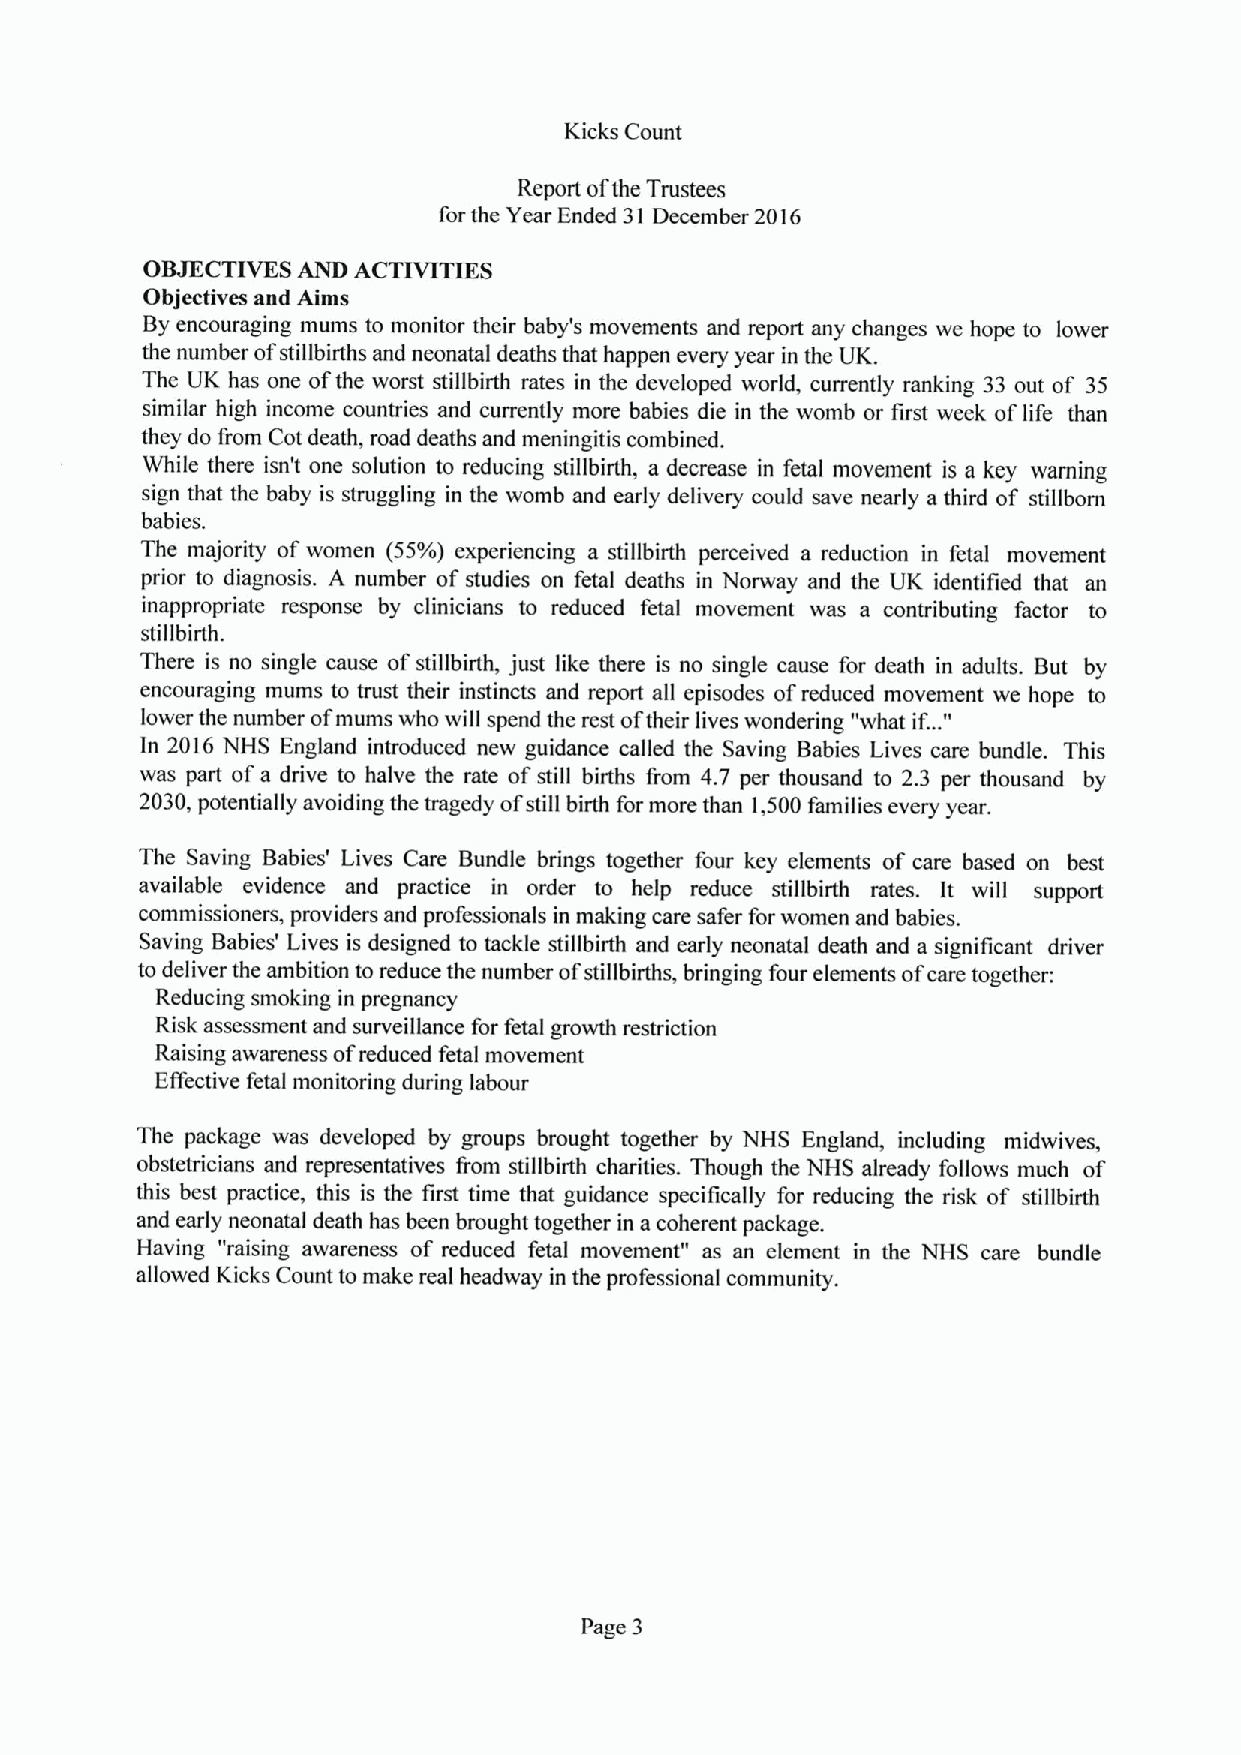
Kicks Count
 Report ofthe Trustees
 for the Year Ended 31 December 2016
 OBJECTIVESAND ACTIVITIES
 Objectives and Aims
 By encouraging mums to monitor their baby's movements and report any changes we hope to lower
 the number ofstillbirths and neonatal deaths that happen every year in the UK.
 The UK has one ofthe worst stillbirth rates in the developed world, currently ranking 33 out of 35
 similar high income countries and currently more babies die in the womb or first week oflife than
 they do from Cot death, road deaths and meningitis combined.
 While there isn't one solution to reducing stillbirth, a decrease in fetal movement is a key warning
 sign that the baby is struggling in the womb and early delivery could save nearly a third of stillborn
 babies.
 The majority of women (55'/o) experiencing a stillbirth perceived a reduction in fetal movement
 prior to diagnosis. A number of studies on fetal deaths in Norway and the UK identified that an
 inappropriate response by clinicians to reduced fetal movement was a contributing factor to
 stillbirth.
 There is no single cause of stillbirth, just like there is no single cause for death in adults. But by
 encouraging mums to trust their instincts and report all episodes ofreduced movement we hope to
 "
 lower the number of mums who will spend the rest oftheir lives wondering "what if...
 In 2016 NHS England introduced new guidance called the Saving Babies Lives care bundle. This
 was part ofa drive to halve the rate of still births from 4.7 per thousand to 2.3 per thousand by
 2030, potentially avoiding the tragedy ofstill birth for more than 1,500 families every year.
 The Saving Babies' Lives Care Bundle brings together four key elements of care based on best
 available evidence and practice in order to help reduce stillbirth rates. It will support
 commissioners, providers and professionals in making care safer for women and babies.
 Saving Babies' Lives is designed to tackle stillbirth and early neonatal death and a significant driver
 to deliver the ambition to reduce the number ofstillbirths, bringing four elements ofcare together:
 Reducing smoking in pregnancy
 Risk assessment and surveillance for fetal growth restriction
 Raising awareness ofreduced fetal movement
 Effective fetal monitoring during labour
 The package was developed by groups brought together by NHS England, including midwives,
 obstetricians and representatives from stillbirth charities. Though the NHS already follows much of
 this best practice, this is the first time that guidance specifically for reducing the risk of stillbirth
 and early neonatal death has been brought together in a coherent package.
 Having "raising awareness of reduced fetal movement" as an element in the NHS care bundle
 allowed Kicks Count to make real headway in the professional community.
 Page 3